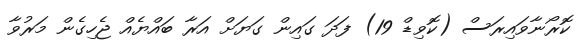
ކޮރޯނާވައިރަސް (ކޮވިޑް 19) ފަދަ ގައިން ގަޔަށް އަރާ ބައްޔެއް ޖެހިގެން މަރުވާ